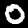
Label: 0